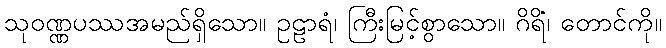
သုဝဏ္ဏပဿအမည်ရှိသော။ ဥဠာရံ၊ ကြီးမြင့်စွာသော။ ဂိရိံ၊ တောင်ကို။